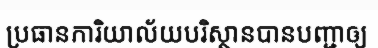
ប្រធានការិយាល័យបរិស្ថានបានបញ្ជាឲ្យ